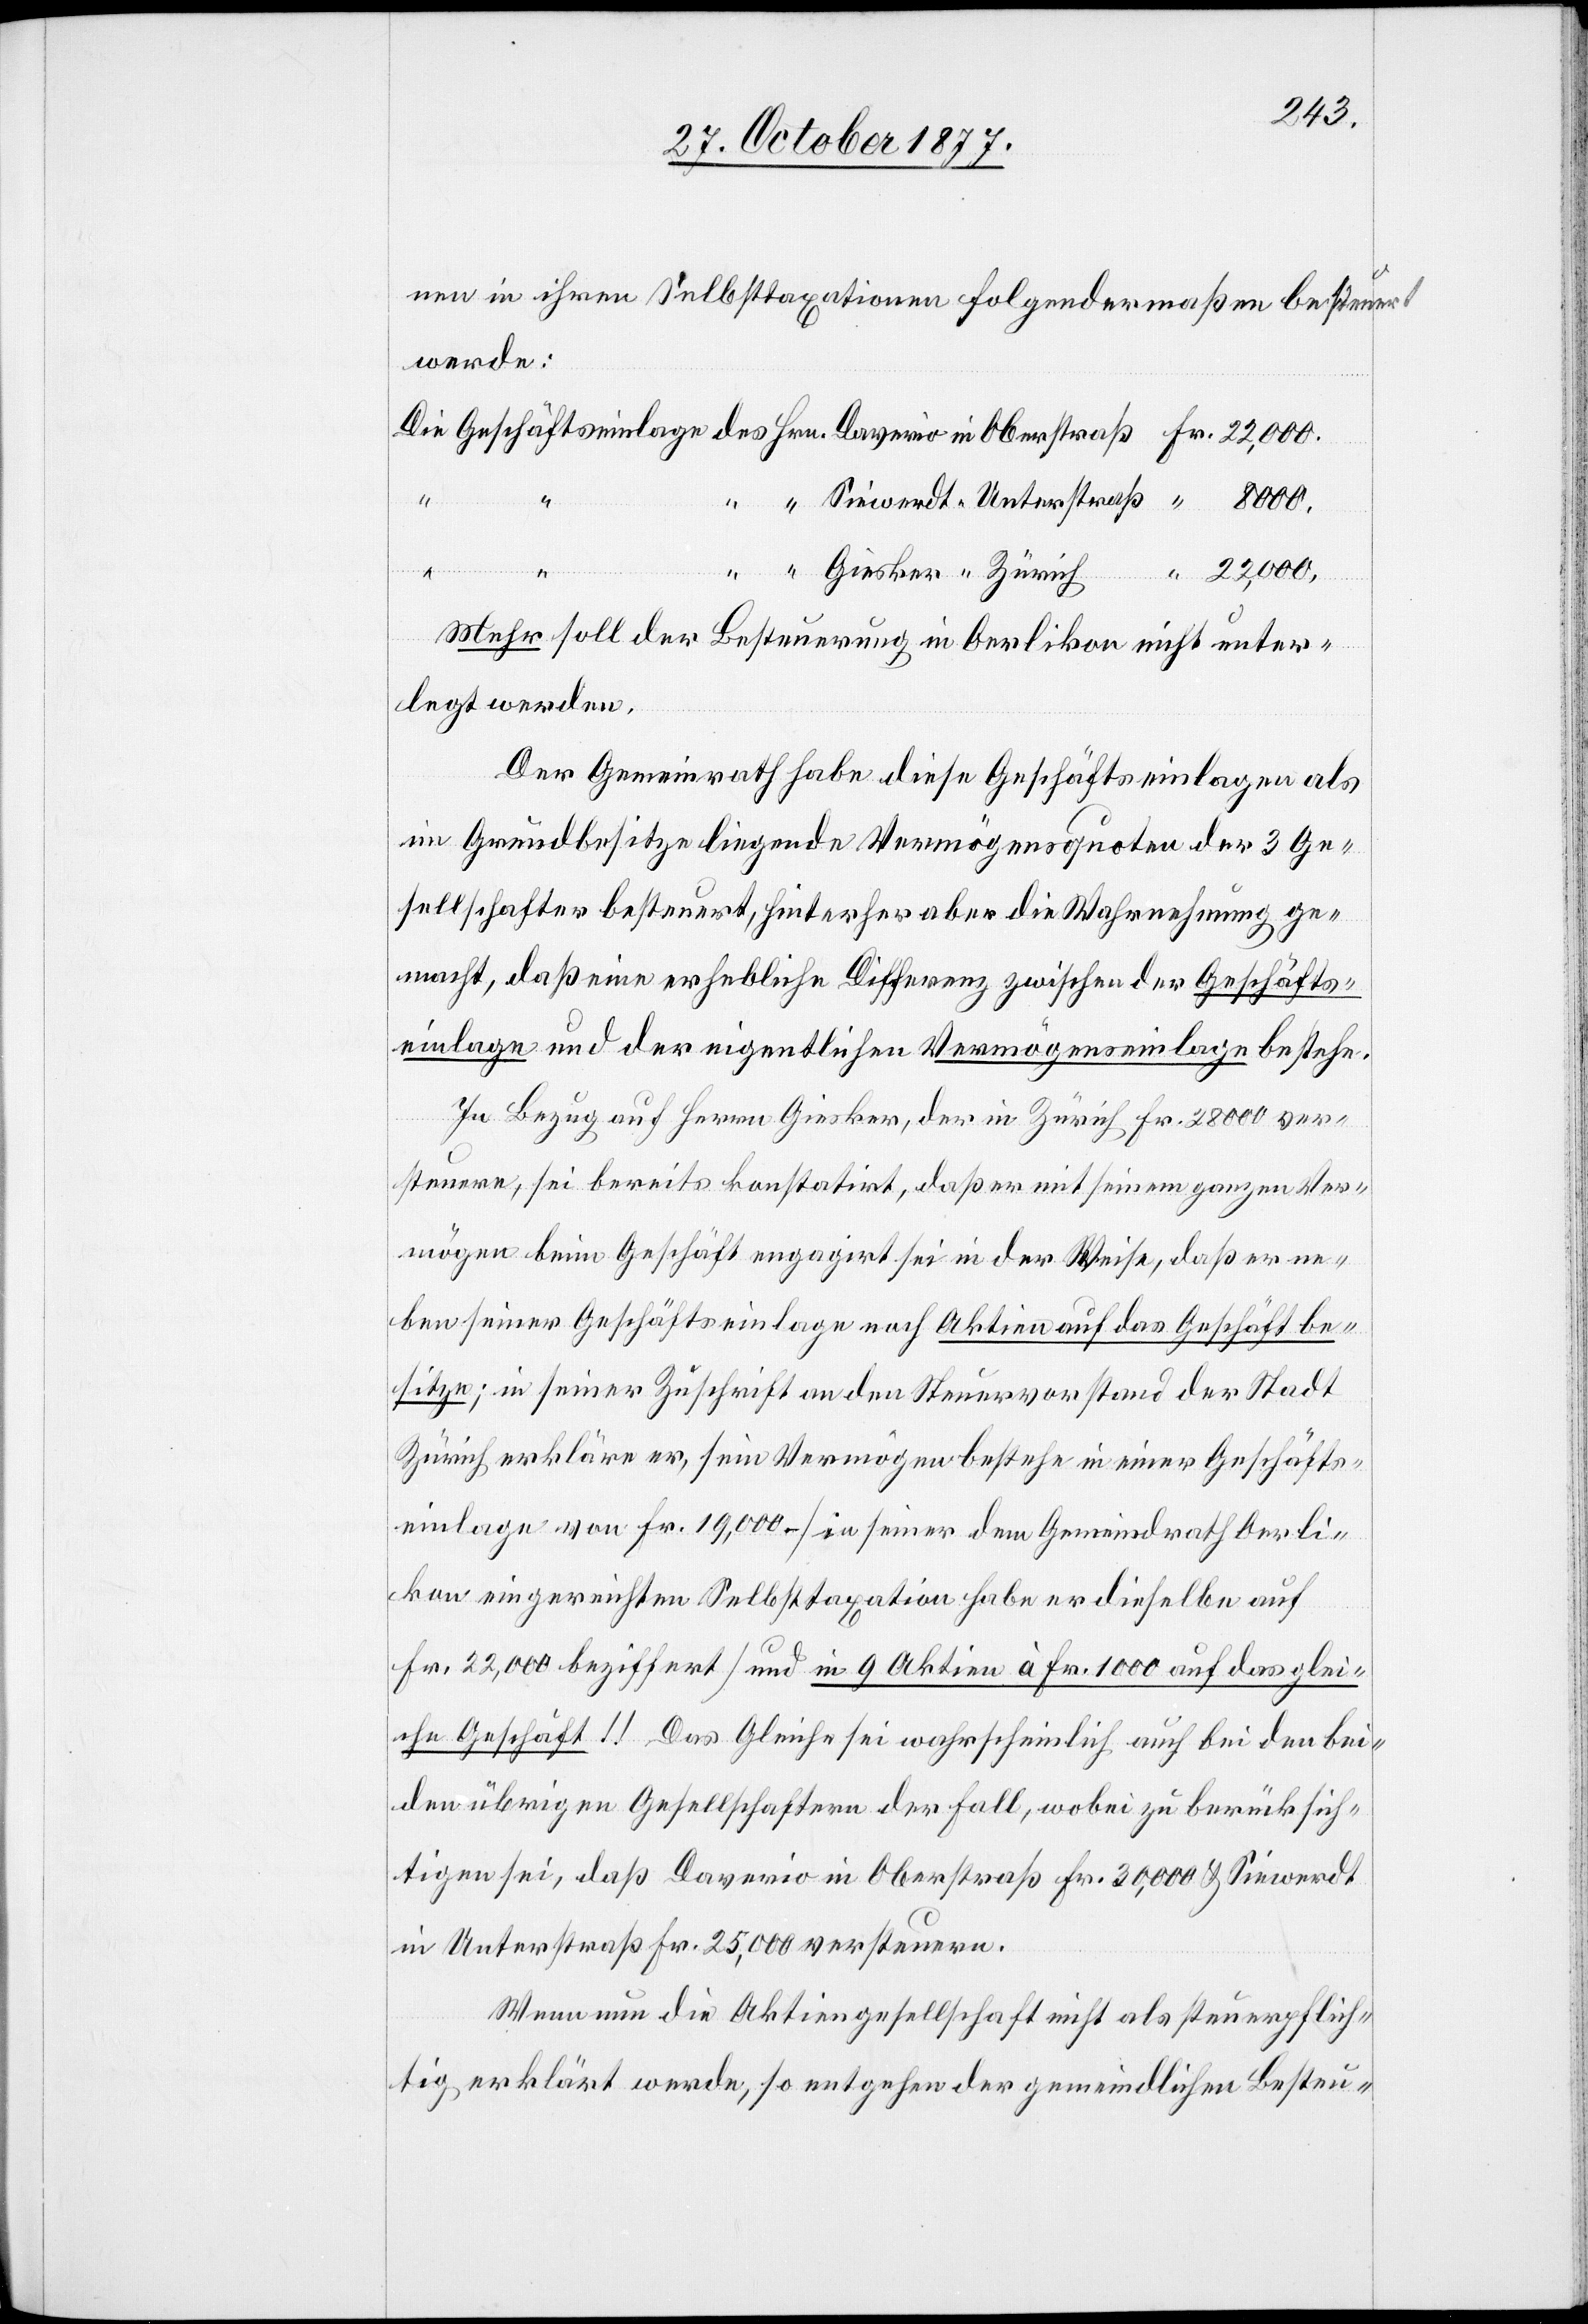
8000.
nen in ihren Selbsttaxationen folgendermaßen besteuert
werde:
Hrn. Daverio in
Fr.
Mehr soll der Besteuerung in Oerlikon nicht unter¬
legt werden.
Der Gemeindrath habe diese Geschäftseinlagen als
im Grundbesitze liegende Vermögensquoten der 3 Ge¬
sellschafter besteuert, hinterher aber die Wahrnehmung ge¬
macht, daß eine erhebliche Differenz zwischen der Geschäfts¬
einlage und der eigentlichen Vermögenseinlage bestehe.
In Bezug auf Herrn Giesker, der in Zürich Fr. 28 000 ver¬
steuere, sei bereits konstatirt, daß er mit seinem ganzen Ver¬
mögen beim Geschäft engagirt sei in der Weise, daß er ne¬
ben seiner Geschäftseinlage noch Aktien auf das Geschäft be¬
sitze; in seiner Zuschrift an den Steuervorstand der Stadt
Zürich erkläre er, sein Vermögen bestehe in einer Geschäfts¬
einlage von Fr. 19,000 – [in seiner dem Gemeindrath Oerli¬
kon eingereichten Selbsttaxation habe er dieselbe auf
Fr. 22,000 beziffert] und in 9 Aktien à Fr. 1000 auf das glei¬
che Geschäft!! Das Gleiche sei wahrscheinlich auch bei den bei¬
den übrigen Gesellschaftern der Fall, wobei zu berücksich¬
tigen sei, daß Daverio in Oberstraß Fr. 30,000 & Siewerdt
in Unterstraß Fr. 25,000 versteuern.
Wenn nun die Aktiengesellschaft nicht als steuerpflich¬
tig erklärt werde, so entgehen der gemeindlichen Besteu-